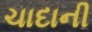
ચાદાની